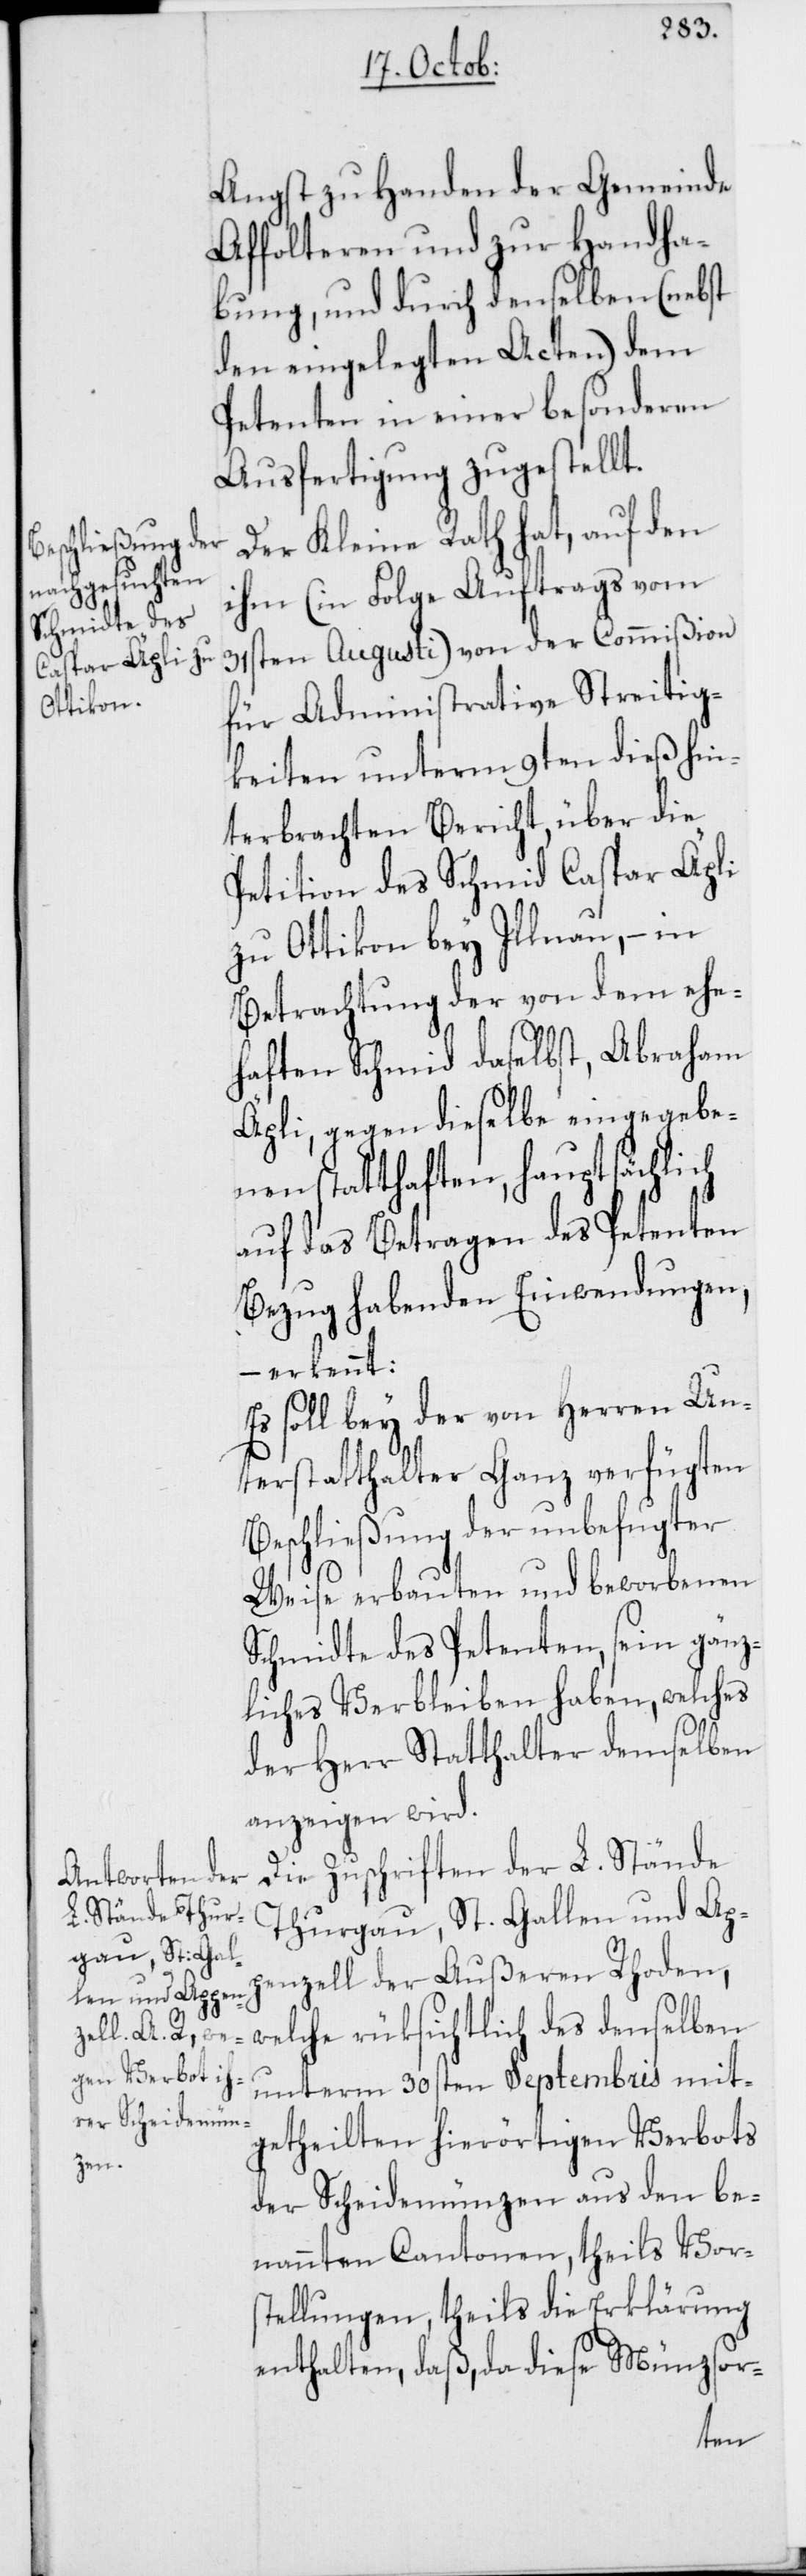
Angst zu Handen der Gemeinde
Affolteren und zur Handha¬
bung, und durch denselben (nebst
den eingelegten Acten) dem
Petenten in einer besonderen
Ausfertigung zugestellt.
Der Kleine Rath hat, auf den
ihm (in Folge Auftrags vom
31sten Augusti) von der Commißion
für Administrative Streitig¬
keiten unterm 9ten dieß hin¬
terbrachten Bericht, über die
Petition des Schmid Caspar Äpli
zu Ottikon bey Illnau, – in
Betrachtung der von dem ehe¬
haften Schmid daselbst, Abraham
Äpli, gegen dieselbe eingegebe¬
nen statthaften, hauptsächlich
auf das Betragen des Petenten
Bezug habenden Einwendungen,
erkennt:
Es soll bey der von Herren Un¬
terstatthalter Ganz verfügten
Beschließung der unbefugter
Weise erbauten und beworbenen
Schmidte des Petenten, sein gänz¬
liches Verbleiben haben, welches
der Herr Statthalter demselben
anzeigen wird.
Die Zuschriften der L. Stände
Thurgau, St. Gallen und Ap¬
penzell der Außeren Rhoden,
welche rüksichtlich des denselben
unterm 30sten Septembris mit¬
getheilten hierörtigen Verbots
der Scheidemünzen aus den be¬
nannten Cantonen, theils Vors¬
tellungen, theils die Erklärung
enthalten, daß, da diese Münzsor-